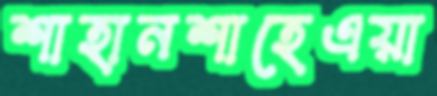
শাহানশাহেএয়া